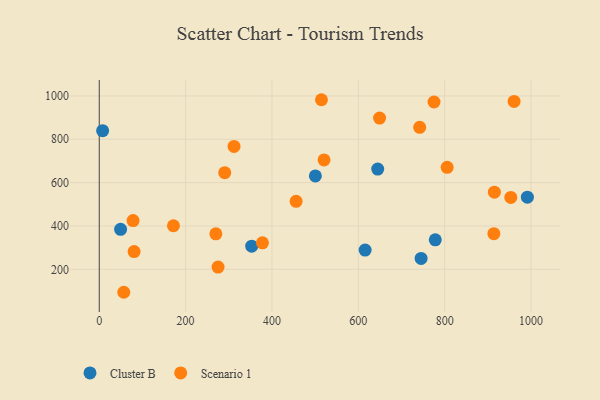
{"axis": {"x": "Ad Spend", "y": "Fuel Efficiency"}, "legend": ["Cluster B", "Scenario 1"], "data": [{"x": "644.9", "y": 662.4, "type": "Cluster B"}, {"x": "615.7", "y": 288.6, "type": "Cluster B"}, {"x": "49.4", "y": 384.5, "type": "Cluster B"}, {"x": "745.4", "y": 250.2, "type": "Cluster B"}, {"x": "500.5", "y": 630.8, "type": "Cluster B"}, {"x": "991.5", "y": 533.0, "type": "Cluster B"}, {"x": "7.8", "y": 839.6, "type": "Cluster B"}, {"x": "353.1", "y": 306.7, "type": "Cluster B"}, {"x": "778.2", "y": 336.2, "type": "Cluster B"}, {"x": "275.1", "y": 210.1, "type": "Scenario 1"}, {"x": "960.7", "y": 974.5, "type": "Scenario 1"}, {"x": "649.2", "y": 897.8, "type": "Scenario 1"}, {"x": "775.3", "y": 971.9, "type": "Scenario 1"}, {"x": "514.6", "y": 982.5, "type": "Scenario 1"}, {"x": "312.1", "y": 767.1, "type": "Scenario 1"}, {"x": "953.1", "y": 531.8, "type": "Scenario 1"}, {"x": "270.0", "y": 363.9, "type": "Scenario 1"}, {"x": "290.6", "y": 646.1, "type": "Scenario 1"}, {"x": "520.6", "y": 704.9, "type": "Scenario 1"}, {"x": "78.3", "y": 425.0, "type": "Scenario 1"}, {"x": "915.1", "y": 556.1, "type": "Scenario 1"}, {"x": "455.9", "y": 513.8, "type": "Scenario 1"}, {"x": "80.7", "y": 282.0, "type": "Scenario 1"}, {"x": "171.8", "y": 400.9, "type": "Scenario 1"}, {"x": "805.7", "y": 670.5, "type": "Scenario 1"}, {"x": "377.9", "y": 322.0, "type": "Scenario 1"}, {"x": "913.9", "y": 364.4, "type": "Scenario 1"}, {"x": "56.8", "y": 94.0, "type": "Scenario 1"}, {"x": "742.1", "y": 855.3, "type": "Scenario 1"}]}